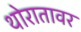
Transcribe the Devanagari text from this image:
थोरातावर